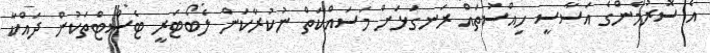
އެ ސޮރުމެންގެ އަސާސީ ހިއްސުތައް ރަނގަޅަށް މަސައްކަތް ނުކުރާކަން ލެބޯޓަރީ ޓެސްޓްތަކުން ދައްކާ